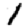
Digit: 1